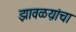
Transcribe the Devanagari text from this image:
झावळय़ांचा